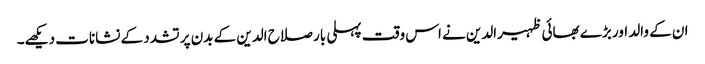
ان کے والد اور بڑے بھائی ظہیرالدین نے اس وقت پہلی بار صلاح الدین کے بدن پر تشدد کے نشانات دیکھے۔